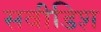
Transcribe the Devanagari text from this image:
सवीडिश